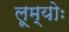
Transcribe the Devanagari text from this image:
लूम्योः